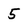
Character: 5